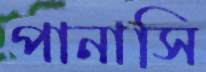
পানাসি